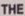
THE